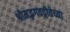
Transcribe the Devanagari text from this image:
श्रीमद्भगवद्गीतेच्या